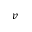
v